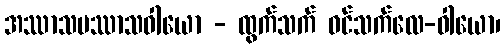
အဿာသပဿာသဝါယော - ထွက်သက် ဝင်သက်လေ-ဝါယော၊